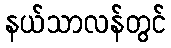
နယ်သာလန်တွင်